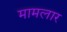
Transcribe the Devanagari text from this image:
मामलार